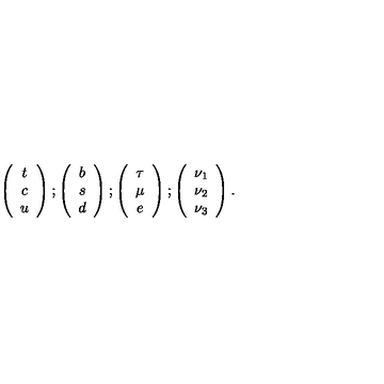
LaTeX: \left( \begin{array} { c } { t } \\ { c } \\ { u } \\ \end{array} \right) ; \left( \begin{array} { c } { b } \\ { s } \\ { d } \\ \end{array} \right) ; \left( \begin{array} { c } { \tau } \\ { \mu } \\ { e } \\ \end{array} \right) ; \left( \begin{array} { c } { \nu _ { 1 } } \\ { \nu _ { 2 } } \\ { \nu _ { 3 } } \\ \end{array} \right) .